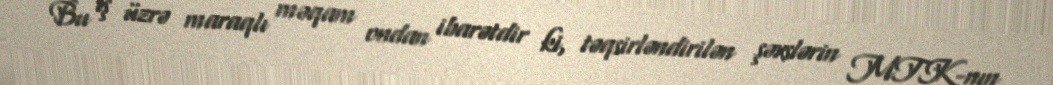
Bu iş üzrə maraqlı məqam ondan ibarətdir ki, təqsirləndirilən şəxslərin MTK-nın